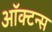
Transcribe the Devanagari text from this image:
ऑक्टन्स